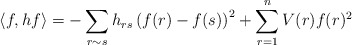
\begin{align*}\langle f, hf \rangle = -\sum_{r \sim s} h_{rs}\left(f(r) - f(s)\right)^2 + \sum_{r=1}^n V(r) f(r)^2 \end{align*}